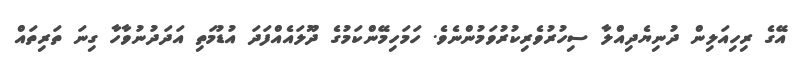
އޭގެ ރިހިއަލިން ދުނިޔެދިއްލާ ސިހުރުވެރިކުރުވަމުންނެވެ. ހަމަހިމޭންކަމުގެ ދޫލައެއްފަދަ އުޑުމަތި އަދަދުނުވާހާ ގިނަ ތަރިތައް